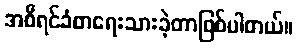
အစီရင်ခံစာရေးသားခဲ့တာဖြစ်ပါတယ်။